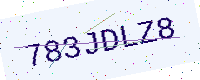
Text: 783JDLZ8